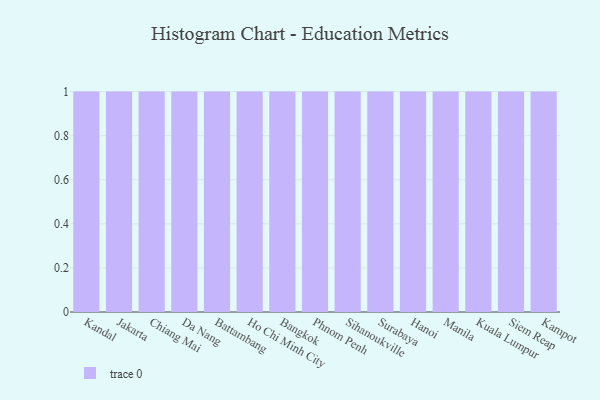
{"axis": {"x": "City", "y": "Temperature (°C)"}, "legend": [""], "data": [{"x": "Kandal", "y": 70, "type": ""}, {"x": "Jakarta", "y": 10, "type": ""}, {"x": "Chiang Mai", "y": 2, "type": ""}, {"x": "Da Nang", "y": 85, "type": ""}, {"x": "Battambang", "y": 87, "type": ""}, {"x": "Ho Chi Minh City", "y": 62, "type": ""}, {"x": "Bangkok", "y": 40, "type": ""}, {"x": "Phnom Penh", "y": 50, "type": ""}, {"x": "Sihanoukville", "y": 46, "type": ""}, {"x": "Surabaya", "y": 12, "type": ""}, {"x": "Hanoi", "y": 50, "type": ""}, {"x": "Manila", "y": 6, "type": ""}, {"x": "Kuala Lumpur", "y": 26, "type": ""}, {"x": "Siem Reap", "y": 80, "type": ""}, {"x": "Kampot", "y": 78, "type": ""}]}